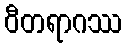
ဝီတရာဂဿ